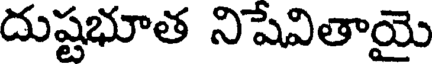
దుష్టభూత నిషేవితాయై